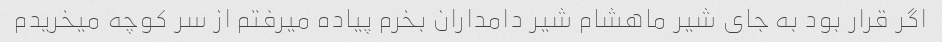
اگر قرار بود به جای شیر ماهشام شیر دامداران بخرم پیاده میرفتم از سر کوچه میخریدم